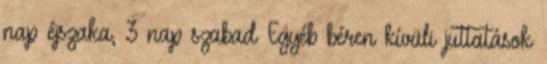
nap éjszaka, 3 nap szabad Egyéb béren kívüli juttatások